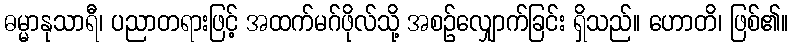
ဓမ္မာနုသာရီ၊ ပညာတရားဖြင့် အထက်မဂ်ဖိုလ်သို့ အစဉ်လျှောက်ခြင်း ရှိသည်။ ဟောတိ၊ ဖြစ်၏။